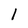
Character: l